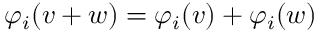
\varphi _ { i } ( v + w ) = \varphi _ { i } ( v ) + \varphi _ { i } ( w )